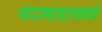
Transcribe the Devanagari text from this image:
परमतत्त्वाचे